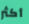
أكثر